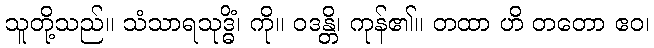
သူတို့သည်။ သံသာရသုဒ္ဓိံ၊ ကို။ ဝဒန္တိ၊ ကုန်၏။ တထာ ဟိ တတော ဧဝ၊